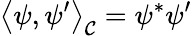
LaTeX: \left\langle\psi,\psi^{\prime}\right\rangle_{\mathcal{C}}=\psi^{*}\psi^{\prime}